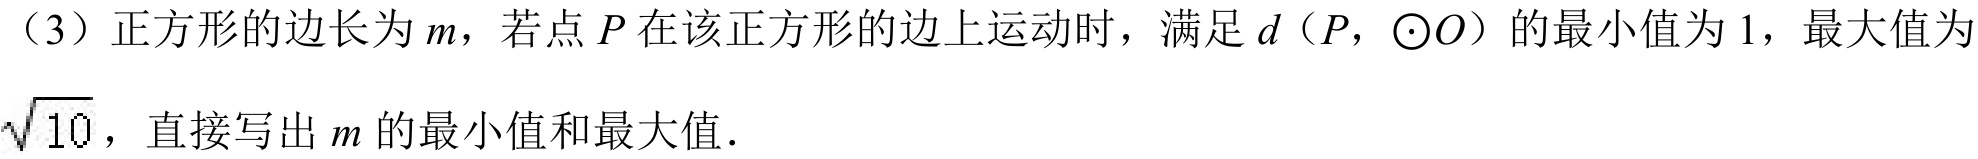
（3）正方形的边长为\(m\)，若点\(P\)在该正方形的边上运动时，满足\(d(P,\odot O)\)的最小值为\(1\)，最大值为\(\sqrt{10}\)，直接写出\(m\)的最小值和最大值．